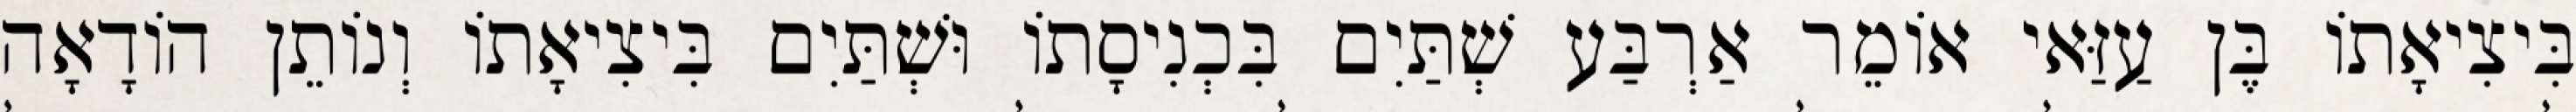
בִּיצִיאָתוֹ בֶּן עַזַּאי אוֹמֵר אַרְבַּע שְׁתַּיִם בִּכְנִיסָתוֹ וּשְׁתַּיִם בִּיצִיאָתוֹ וְנוֹתֵן הוֹדָאָה